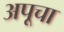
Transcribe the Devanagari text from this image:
अपूचा